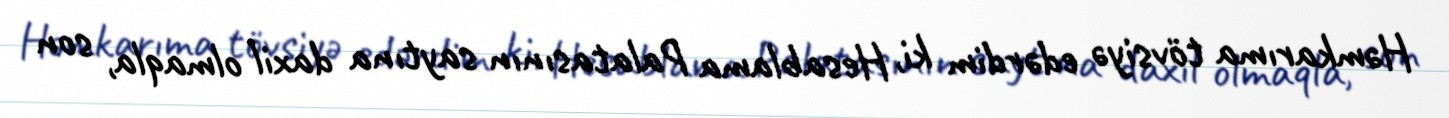
Həmkarıma tövsiyə edərdim ki, Hesablama Palatasının saytına daxil olmaqla, son